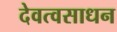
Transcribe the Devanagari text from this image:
देवत्वसाधन